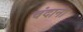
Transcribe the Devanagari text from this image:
चंदाना